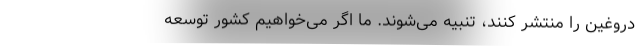
دروغین را منتشر کنند، تنبیه می‌شوند. ما اگر می‌خواهیم کشور توسعه